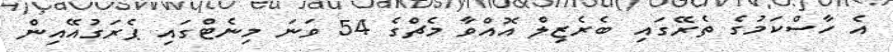
އެ ހާސްކަމުގެ ތެރޭގައި ބެރެޒިލް އޮއްވާ މެޗްގެ 54 ވަނަ މިނެޓްގައި ޕެރަގުއޭއިން